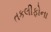
તકલીફોના